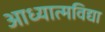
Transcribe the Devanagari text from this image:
आध्यात्मविद्या